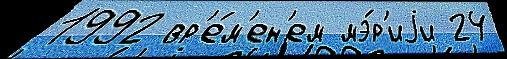
1992 вр'е́м'ен'ем мэ́р'иjи 24